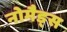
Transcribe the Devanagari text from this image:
नोमैड्स